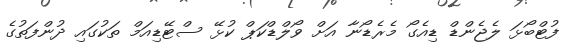
ފުޓްބޯޅަ ލެޖެންޑް ޑިއެގޯ މެރެޑޯނާ އަށް ވޯލްޑްކަޕް ކުޅޭ ސްޓޭޑިއަމް ތަކުގައި ދުންފަތުގެ